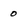
Character: 0